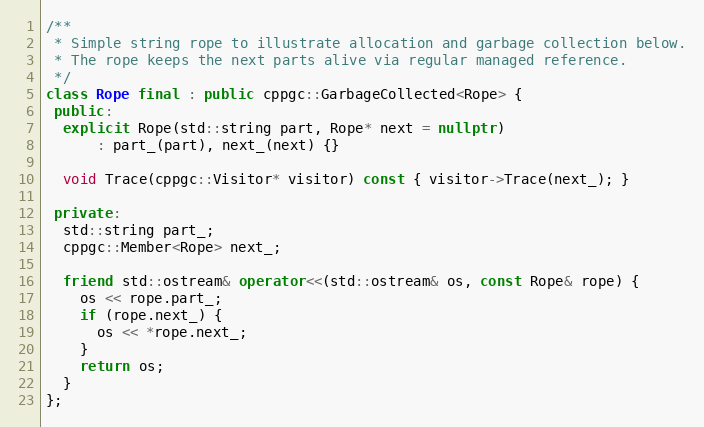
Language: C++
/**
 * Simple string rope to illustrate allocation and garbage collection below.
 * The rope keeps the next parts alive via regular managed reference.
 */
class Rope final : public cppgc::GarbageCollected<Rope> {
 public:
  explicit Rope(std::string part, Rope* next = nullptr)
      : part_(part), next_(next) {}

  void Trace(cppgc::Visitor* visitor) const { visitor->Trace(next_); }

 private:
  std::string part_;
  cppgc::Member<Rope> next_;

  friend std::ostream& operator<<(std::ostream& os, const Rope& rope) {
    os << rope.part_;
    if (rope.next_) {
      os << *rope.next_;
    }
    return os;
  }
};